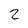
Character: 2